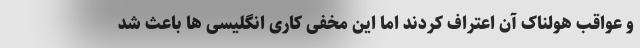
و عواقب هولناک آن اعتراف کردند اما این مخفی کاری انگلیسی ها باعث شد